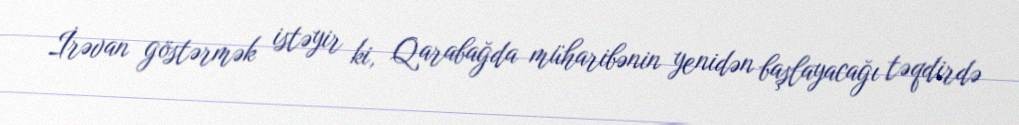
İrəvan göstərmək istəyir ki, Qarabağda müharibənin yenidən başlayacağı təqdirdə